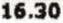
16.30